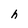
Character: h